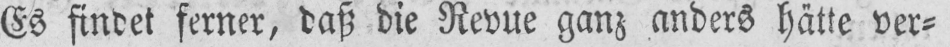
Es findet ferner, daß die Revue ganz anders hätte ver⸗